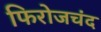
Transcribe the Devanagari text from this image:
फिरोजचंद